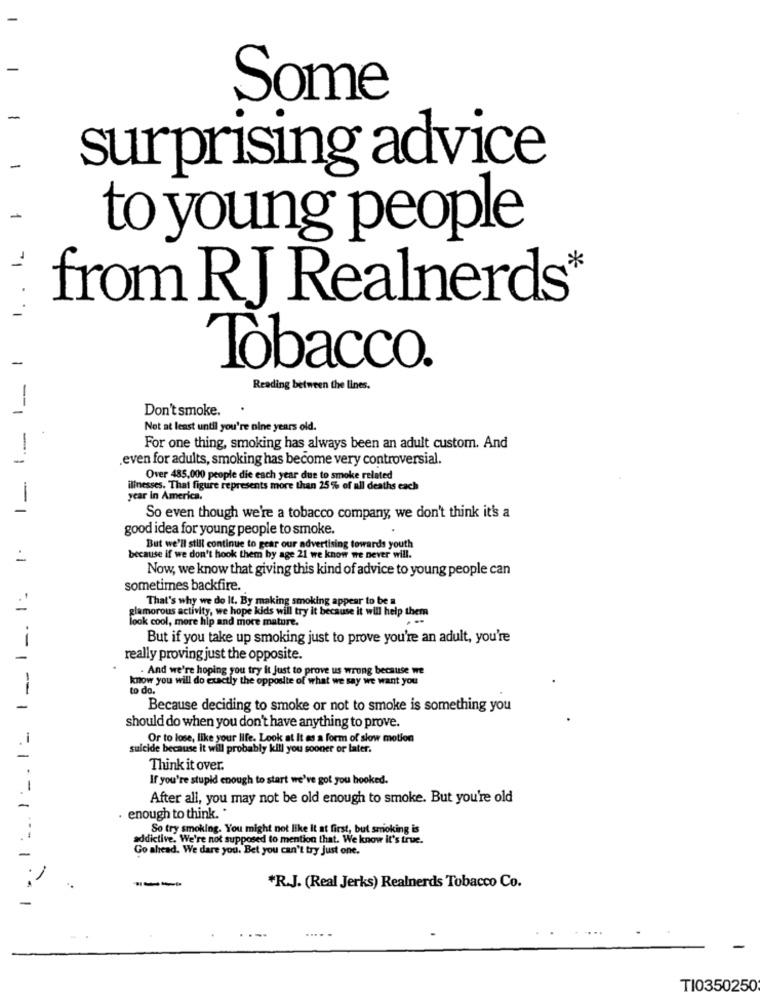
Some
surprising advice
to young people
-1
from RJ Realnerds*
-
Tobacco.
Reading between the lines.
-
Don't smoke.
Not at least until you're nine years old.
For one thing, smoking has always been an adult custom. And
-
.even for adults, smoking has become very controversial.
== 1
Over 485,000 people die each year due to smoke related
illnesses. That figure represents more than 25% of all deaths each
year in America.
-
So even though we're a tobacco company, we don't think it's a
good idea for young people to smoke.
But we'll still continue to gear our advertising towards youth
because if we don't hook them by age 21 we know we never will.
Now, we know that giving this kind of advice to young people can
sometimes backfire.
That's why we do It. By making smoking appear to be a
glamorous activity, we hope kids will try it because it will help them
look cool, more hip and more mature.
But if you take up smoking just to prove you're an adult, you're
--
really proving just the opposite.
. And we're hoping you try it just to prove us wrong because we
know you will do exactly the opposite of what we say we want you
--
to do.
1
Because deciding to smoke or not to smoke is something you
should do when you don't have anything to prove.
Or to lose, like your life. Look at It as a form of slow motion
suicide because it will probably kill you sooner or later.
Think it over.
If you're stupid enough to start we've got you hooked.
After all, you may not be old enough to smoke. But you're old
enough to think. .
So try smoking. You might not like It at first, but smoking is
addictive. We're not supposed to mention that. We know it's true.
Go ahead. We dare you. Bet you can't try Just one.
----
*R.J. (Real Jerks) Realnerds Tobacco Co.
TI0350250